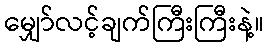
မျှော်လင့်ချက်ကြီးကြီးနဲ့။